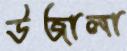
উজালা